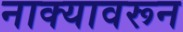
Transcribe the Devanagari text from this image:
नाक्यावरून